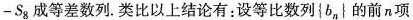
- S _ { 8 }$$等差数列。类比以上结论有：设等比数列\leftb_{n}\right的前n项